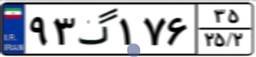
۸۲گ۸۵۹۲۱